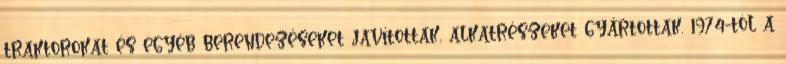
traktorokat és egyéb berendezéseket javítottak, alkatrészeket gyártottak. 1974-tôl a